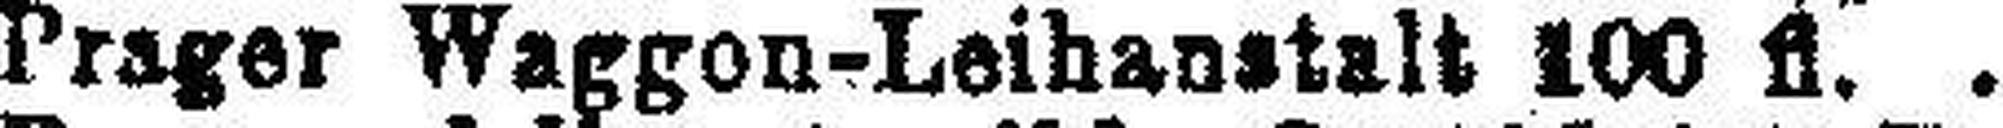
Prager Waggon-Leihanstalt 100 fl.